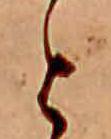
と